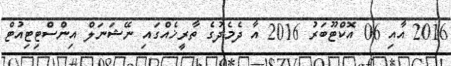
2016 އާއި 06 އޮކްޓޫބަރު 2016 އާ ދެމެދުގެ ތާރީޚެއްގައި ނޭޝަނަލް އިންސްޓިޓިއުޓް